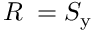
R _ { \mathrm { \ell } } = S _ { \mathrm { y } }